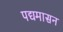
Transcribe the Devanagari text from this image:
पद्यमासन